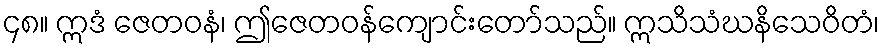
၄၈။ ဣဒံ ဇေတဝနံ၊ ဤဇေတဝန်ကျောင်းတော်သည်။ ဣသိသံဃနိသေဝိတံ၊